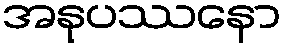
အနုပဿနော